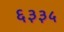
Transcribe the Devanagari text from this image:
६३३५